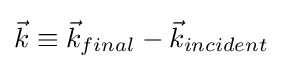
{\textstyle {\vec {k}}\equiv {\vec {k}}_{final}-{\vec {k}}_{incident}}